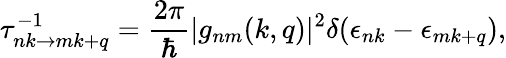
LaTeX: \tau_{nk\rightarrow mk+q}^{-1}=\frac{2\pi}{\hbar}|g_{nm}(k,q)|^{2}\delta(\epsilon_{nk}-\epsilon_{mk+q}),